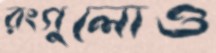
রংগুলোও